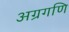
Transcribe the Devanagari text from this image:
अग्रगणि